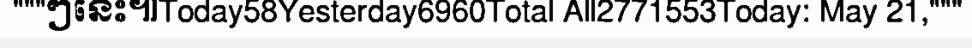
"""ៗនេះ៕Today58Yesterday6960Total All2771553Today: May 21,"""